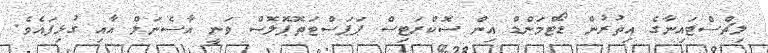
ލިޗްސްޓައިނާގެ އިތުރުން ޑޯޓްމަންޑް އިން ސޮކްރަޓިސް ޕަޕަސްޓަތޮޕޮލޮސް ވަނީ އާސެނަލް އާއި ގުޅިފައެވެ.